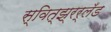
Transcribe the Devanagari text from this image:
स्वित्झ्रर्लँड